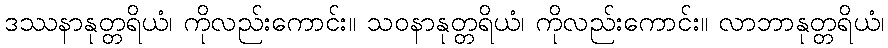
ဒဿနာနုတ္တရိယံ၊ ကိုလည်းကောင်း။ သဝနာနုတ္တရိယံ၊ ကိုလည်းကောင်း။ လာဘာနုတ္တရိယံ၊